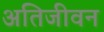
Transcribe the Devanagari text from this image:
अतिजीवन